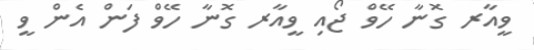
ވީއާރ ގޮނާ ހޭވް ޖޯއި ވީއާރ ގޮނާ ހޭވް ފަން އެން ވީ